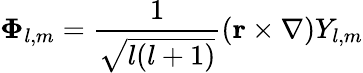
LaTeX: \mathbf{\Phi}_{l,m}={\frac{1}{\sqrt{l(l+1)}}}(\mathbf{r}\times\nabla)Y_{l,m}